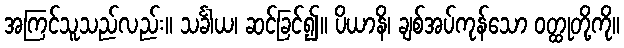
အကြင်သူသည်လည်း။ သင်္ခါယ၊ ဆင်ခြင်၍။ ပိယာနိ၊ ချစ်အပ်ကုန်သော ဝတ္ထုတို့ကို။